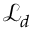
\mathcal { L } _ { d }